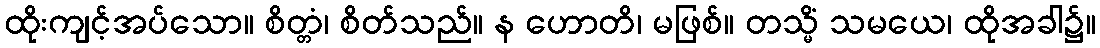
ထိုးကျင့်အပ်သော။ စိတ္တံ၊ စိတ်သည်။ န ဟောတိ၊ မဖြစ်။ တသ္မိံ သမယေ၊ ထိုအခါ၌။